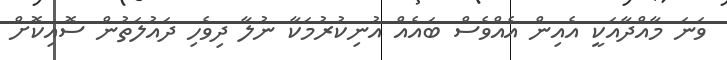
ވަނަ މާއްދާއަކީ އެއިން އެއްވެސް ބައެއް އުނިކުރުމަކާ ނުލާ ދިވެހި ދައުލަތުން ސޮއިކޮށް